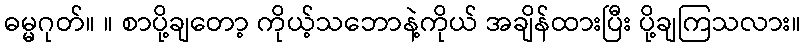
ဓမ္မဂုတ်။ ။ စာပို့ချတော့ ကိုယ့်သဘောနဲ့ကိုယ် အချိန်ထားပြီး ပို့ချကြသလား။